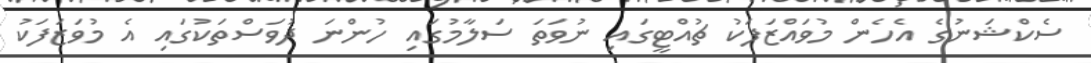
ސެކްޝަނުގެ އެހެން މުވައްޒަފަކު ޗުއްޓީގައި ނުވަތަ ސަލާމުގައި ހުންނަ ދުވަސްތަކުގައި އެ މުވަޒަފަކު